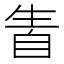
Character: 𤯣